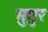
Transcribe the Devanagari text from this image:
मुगुर